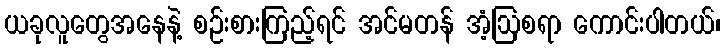
ယခုလူတွေအနေနဲ့ စဉ်းစားကြည့်ရင် အင်မတန် အံ့ဩစရာ ကောင်းပါတယ်၊